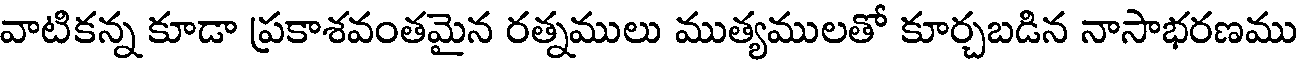
వాటికన్న కూడా ప్రకాశవంతమైన రత్నములు ముత్యములతో కూర్చబడిన నాసాభరణము